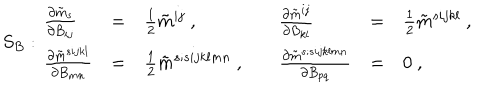
LaTeX: S _ { B } : \begin{array} { l l l l l l } { { \frac { \partial \tilde { m } _ { s } } { \partial B _ { i j } } } } & { { = } } & { { \frac { 1 } { 2 } \tilde { m } ^ { i j } \ , \quad } } & { { \frac { \partial \tilde { m } ^ { i j } } { \partial B _ { k l } } } } & { { = } } & { { \frac { 1 } { 2 } \tilde { m } ^ { s i j k l } \ , \quad } } \\ { { \frac { \partial \tilde { m } ^ { s i j k l } } { \partial B _ { m n } } } } & { { = } } & { { \frac { 1 } { 2 } \tilde { m } ^ { s ; s i j k l m n } \ , \quad } } & { { \frac { \partial \tilde { m } ^ { s ; s i j k l m n } } { \partial B _ { p q } } } } & { { = } } & { { 0 \ , \quad } } \\ \end{array}